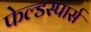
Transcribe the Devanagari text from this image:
फेल्डस्पार्स